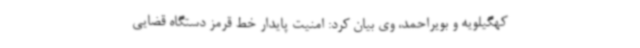
کهگیلویه و بویراحمد، وی بیان کرد: امنیت پایدار خط قرمز دستگاه قضایی